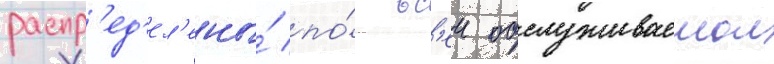
распр'ед'ел'ены́ по́ вс'еи обслуживаемои